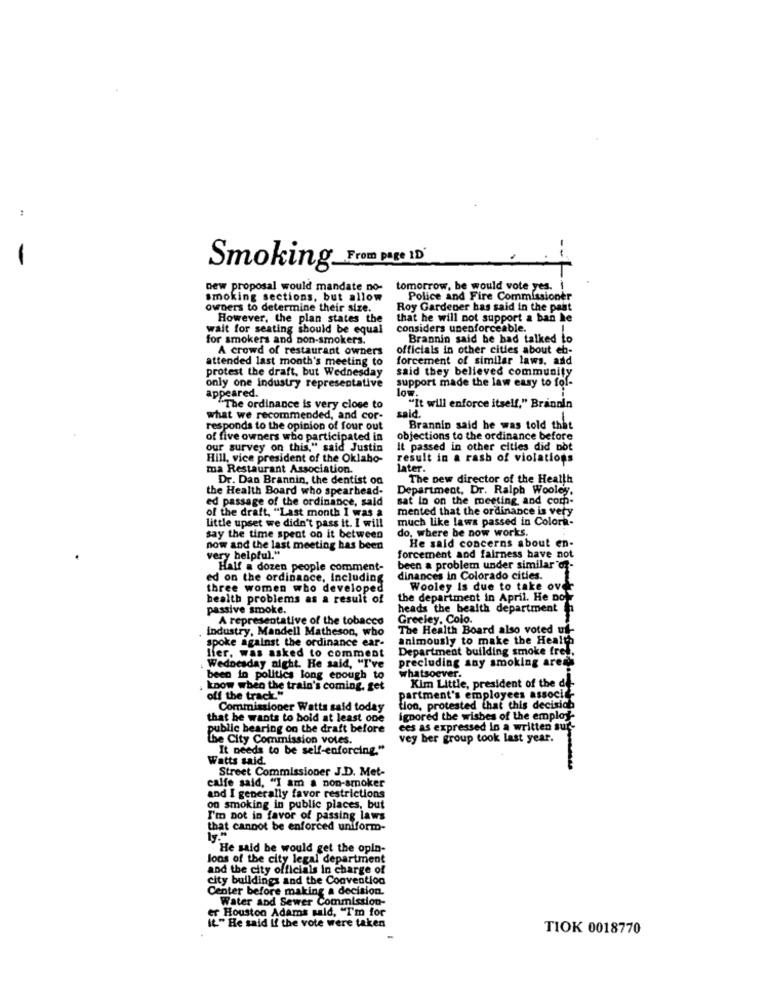
Smoking From page 10
new proposal would mandate no-
tomorrow, be would vote yes. i
smoking sections, but allow
Police and Fire Commissioner
owners to determine their size.
Roy Gardener has said in the past
However, the plan states the
that he will not support a ban he
wait for seating should be equal
considers unenforceable.
for smokers and non-smokers.
Brannin said be bad talked to
A crowd of restaurant owners
officials in other cities about eb-
attended last month's meeting to
forcement of similar laws, and
protest the draft, but Wednesday
said they believed community
only one industry representative
support made the law easy to fof-
appeared.
The ordinance is very close to
"It will enforce itself," Brannin
what we recommended, and cor-
said.
responds to the opinion of four out
Brannin said he was told that
of five owners who participated in
objections to the ordinance before
our survey on this," said Justin
It passed in other cities did not
Hill, vice president of the Oklaho-
result in a rash of violations
ma Restaurant Association.
later.
Dr. Dan Brannin, the dentist og
The new director of the Health
the Health Board who spearhead-
Department, Dr. Ralph Wooley.
ed passage of the ordinance, said
sat in on the meeting and com-
of the draft, "Last month I was a
mented that the ordinance is very
Little upset we didn't pass it. I will
much like laws passed in Colork-
do. where be now works.
say the time spent on it between
very helpful."
now and the last meeting has been
He said concerns about en-
forcement and fairness have not
Half a dozen people comment-
been a problem under similar or-
ed on the ordinance, Including
dinances in Colorado cities.
three women who developed
Wooley Is due to take ovd
health problems as a result of
the department in April. He Do
passive smoke.
heads the health department
A representative of the tobacco
Greeley, Colo.
industry, Mandell Matheson, who
The Health Board also voted uf
animously to make the Health
spoke against the ordinance ear-
Department building smoke free,
Hier. was asked to comment
precluding any smoking areas
Wednesday night. He said, "I've
been in politics long enough to
whatsoever.
Kim Little, president of the de-
know when the train's coming. get
off the track"
partment's employees associd'-
Commissioner Watts said today
tion, protested that this decision
that he wants to bold at least one
ignored the wishes of the employ-
public hearing on the draft before
ces as expressed in a written sur-
the City Commission votes.
vey ber group took last year.
It needs to be self-enforcing."
Watts said.
Street Commissioner J.D. Met-
calfe said, "I am a non-smoker
and I generally favor restrictions
on smoking in public places, but
I'm not in favor of passing laws
that cannot be enforced uniform-
He said be would get the opin-
loos of the city legal department
and the city officials in charge of
city buildings and the Convention
Center before making a decision.
Water and Sewer Commission-
er Houston Adams said, "I'm for
IL." He said If the vote were taken
TIOK 0018770